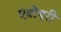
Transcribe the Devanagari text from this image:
एंब्रोडरी